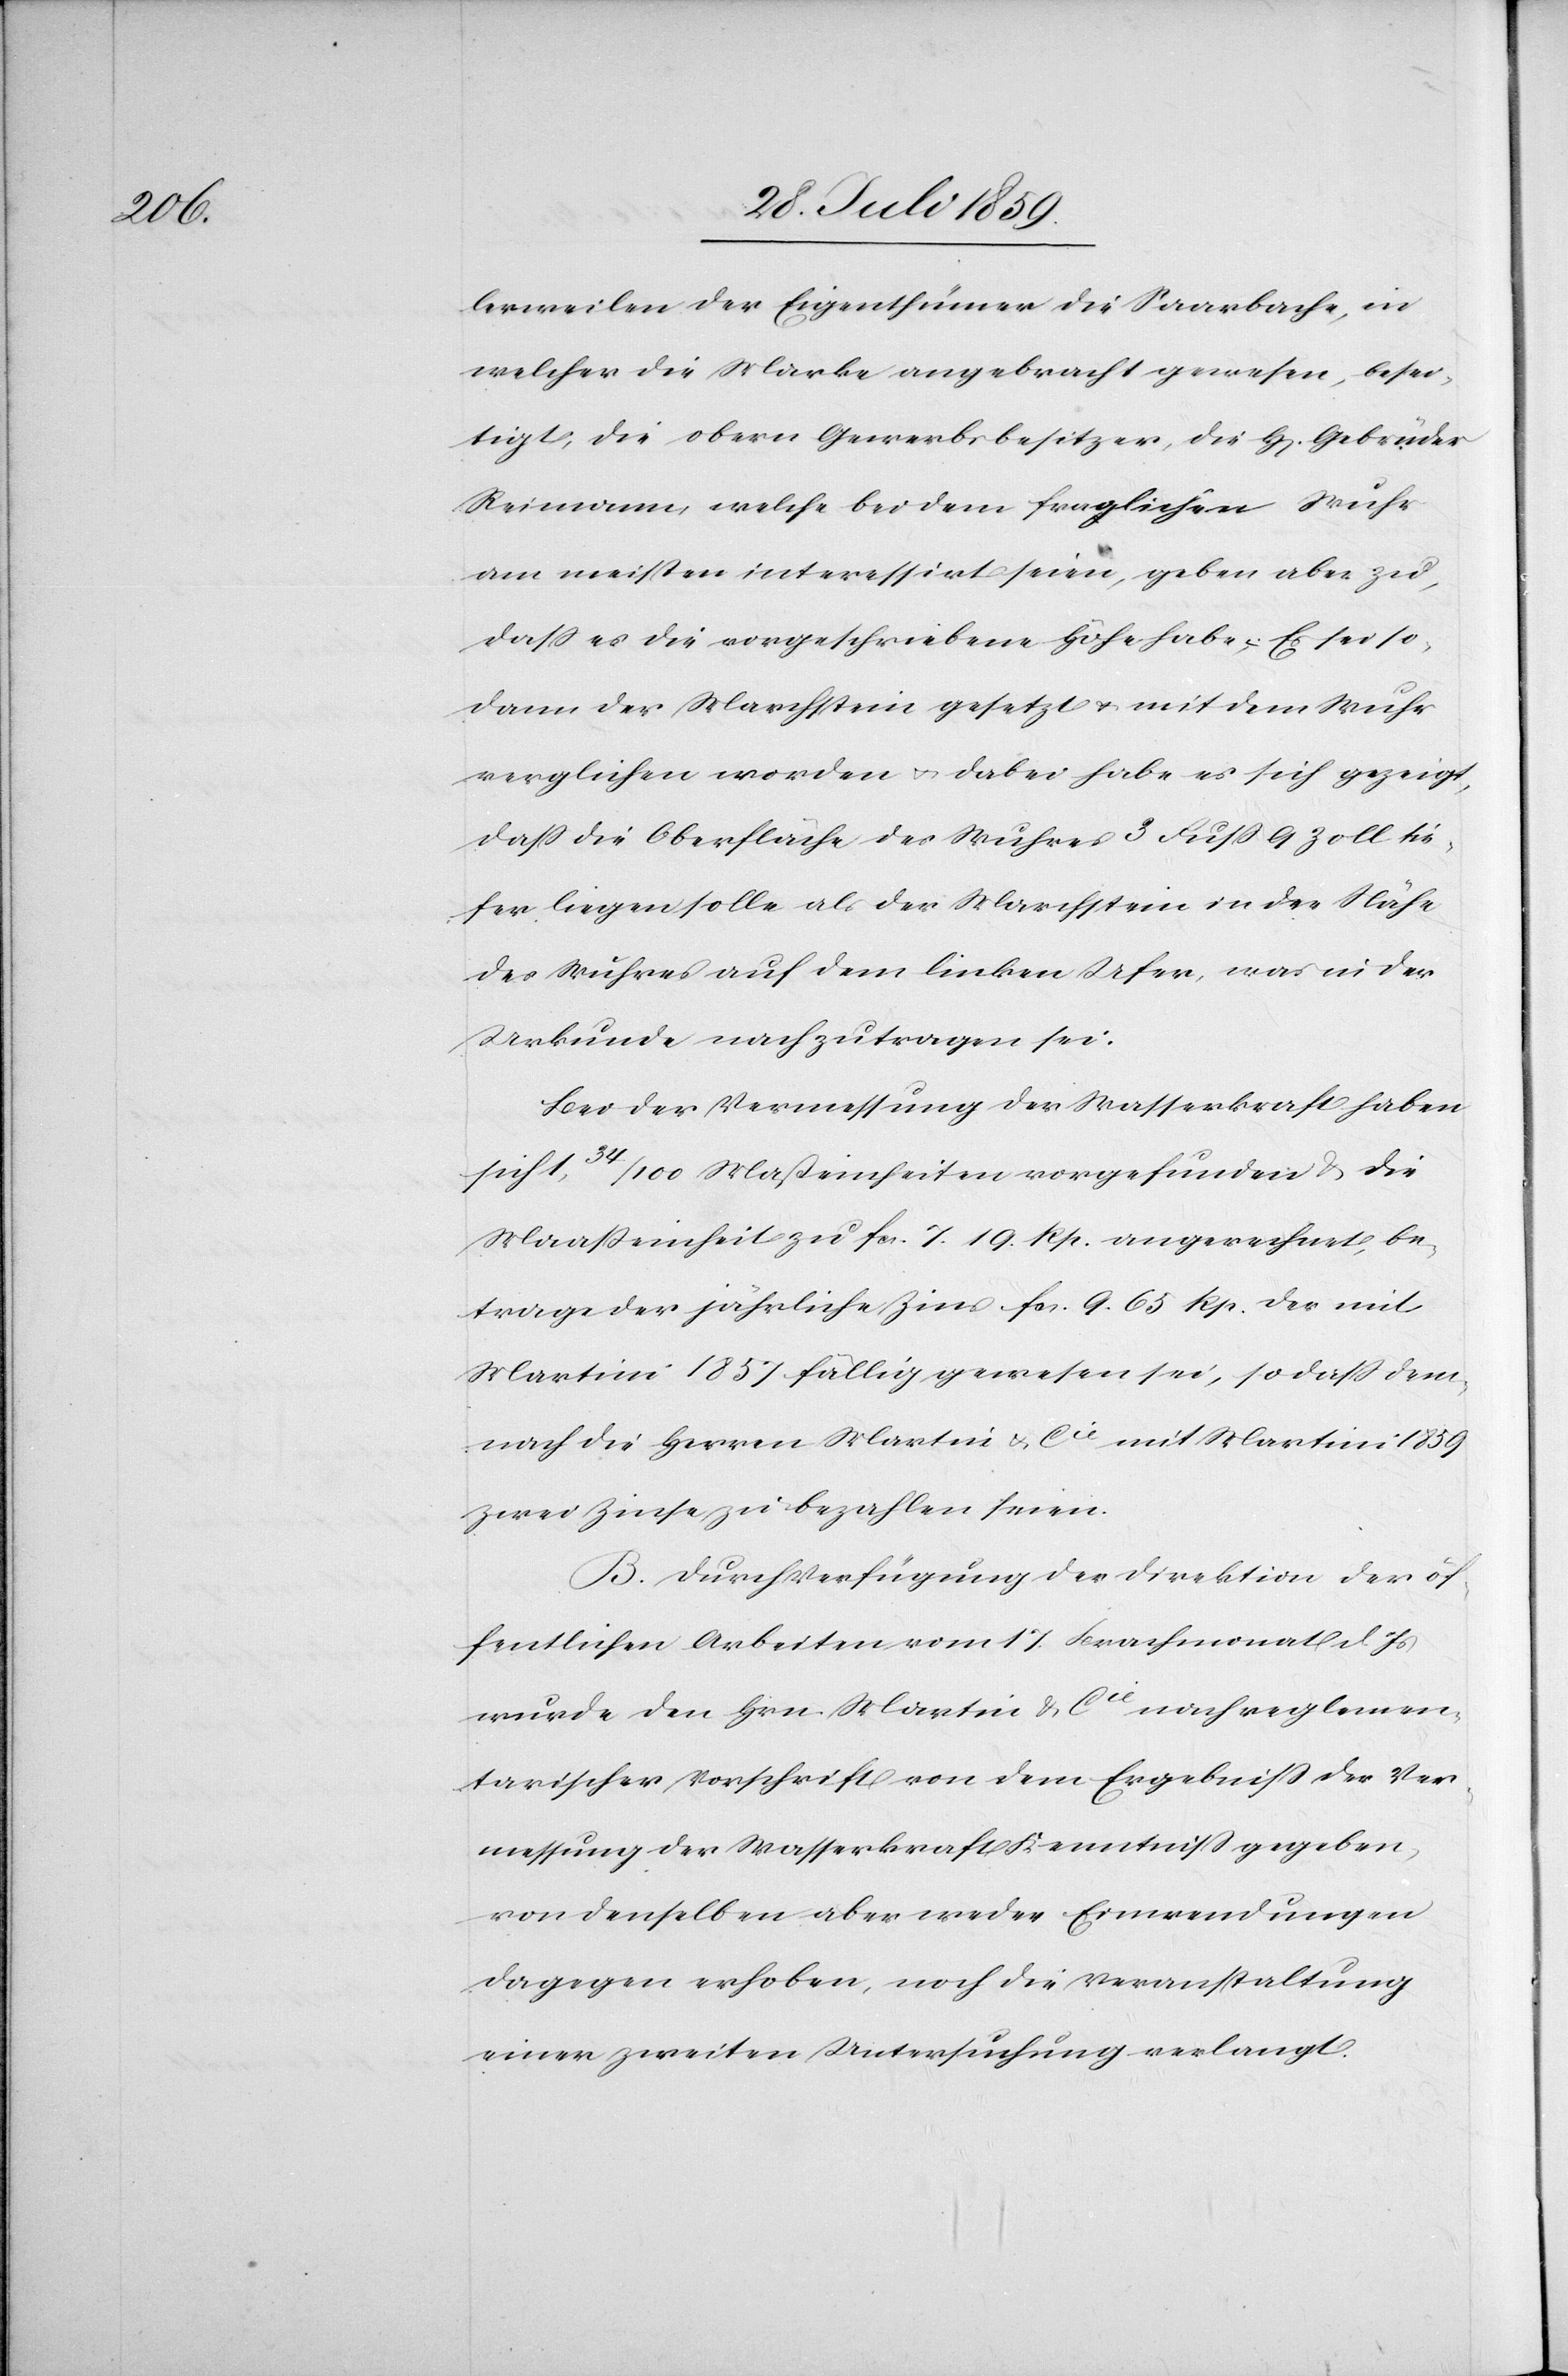
lerweilen der Eigenthümer die Saarbache, in
welcher die Marke angebracht gewesen, besei¬
tigt, die obern Gewerbsbesitzer, die H[erren] Gebrüder
Reimann, welche bei dem fraglichen Wuhr
am meisten interessirt seien, geben aber zu,
daß es die vorgeschriebene Höhe habe; Es sei so¬
dann der Marchstein gesetzt u. mit dem Wuhr
verglichen worden u. dabei habe es sich gezeigt,
daß die Oberfläche des Wuhres 3 Fuß 9 Zoll tie¬
fer liegen solle als der Marchstein in der Nähe
des Wuhres auf dem linken Ufer, was in der
Urkunde nachzutragen sei:
Bei der Vermessung der Wasserkraft haben
sich 1, 34/100 Maßeinheiten vorgefunden u. die
Maaßeinheit zu fcs. 7. 19. Rp. angerechnet, be¬
trage der jährliche Zins fcs. 9.65 Rp. der mit
Martini 1857 fällig gewesen sei, so daß dem¬
nach die Herren Martin & Cie. mit Martini 1859
zwei Zinse zu bezahlen seien.
B. Durch Verfügung der Direktion der öf¬
fentlichen Arbeiten vom 17. Brachmonat d. Js.
wurde den Hrn. Martin & Cie. nach reglemen¬
tarischer Vorschrift von dem Ergebniß der Ver¬
messung der Wasserkraft Kenntniß gegeben,
von denselben aber weder Einwendungen
dagegen erhoben, noch die Veranstaltung
einer zweiten Untersuchung verlangt.